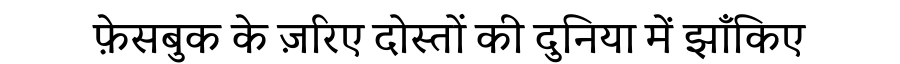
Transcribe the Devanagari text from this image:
फ़ेसबुक के ज़रिए दोस्तों की दुनिया में झाँकिए